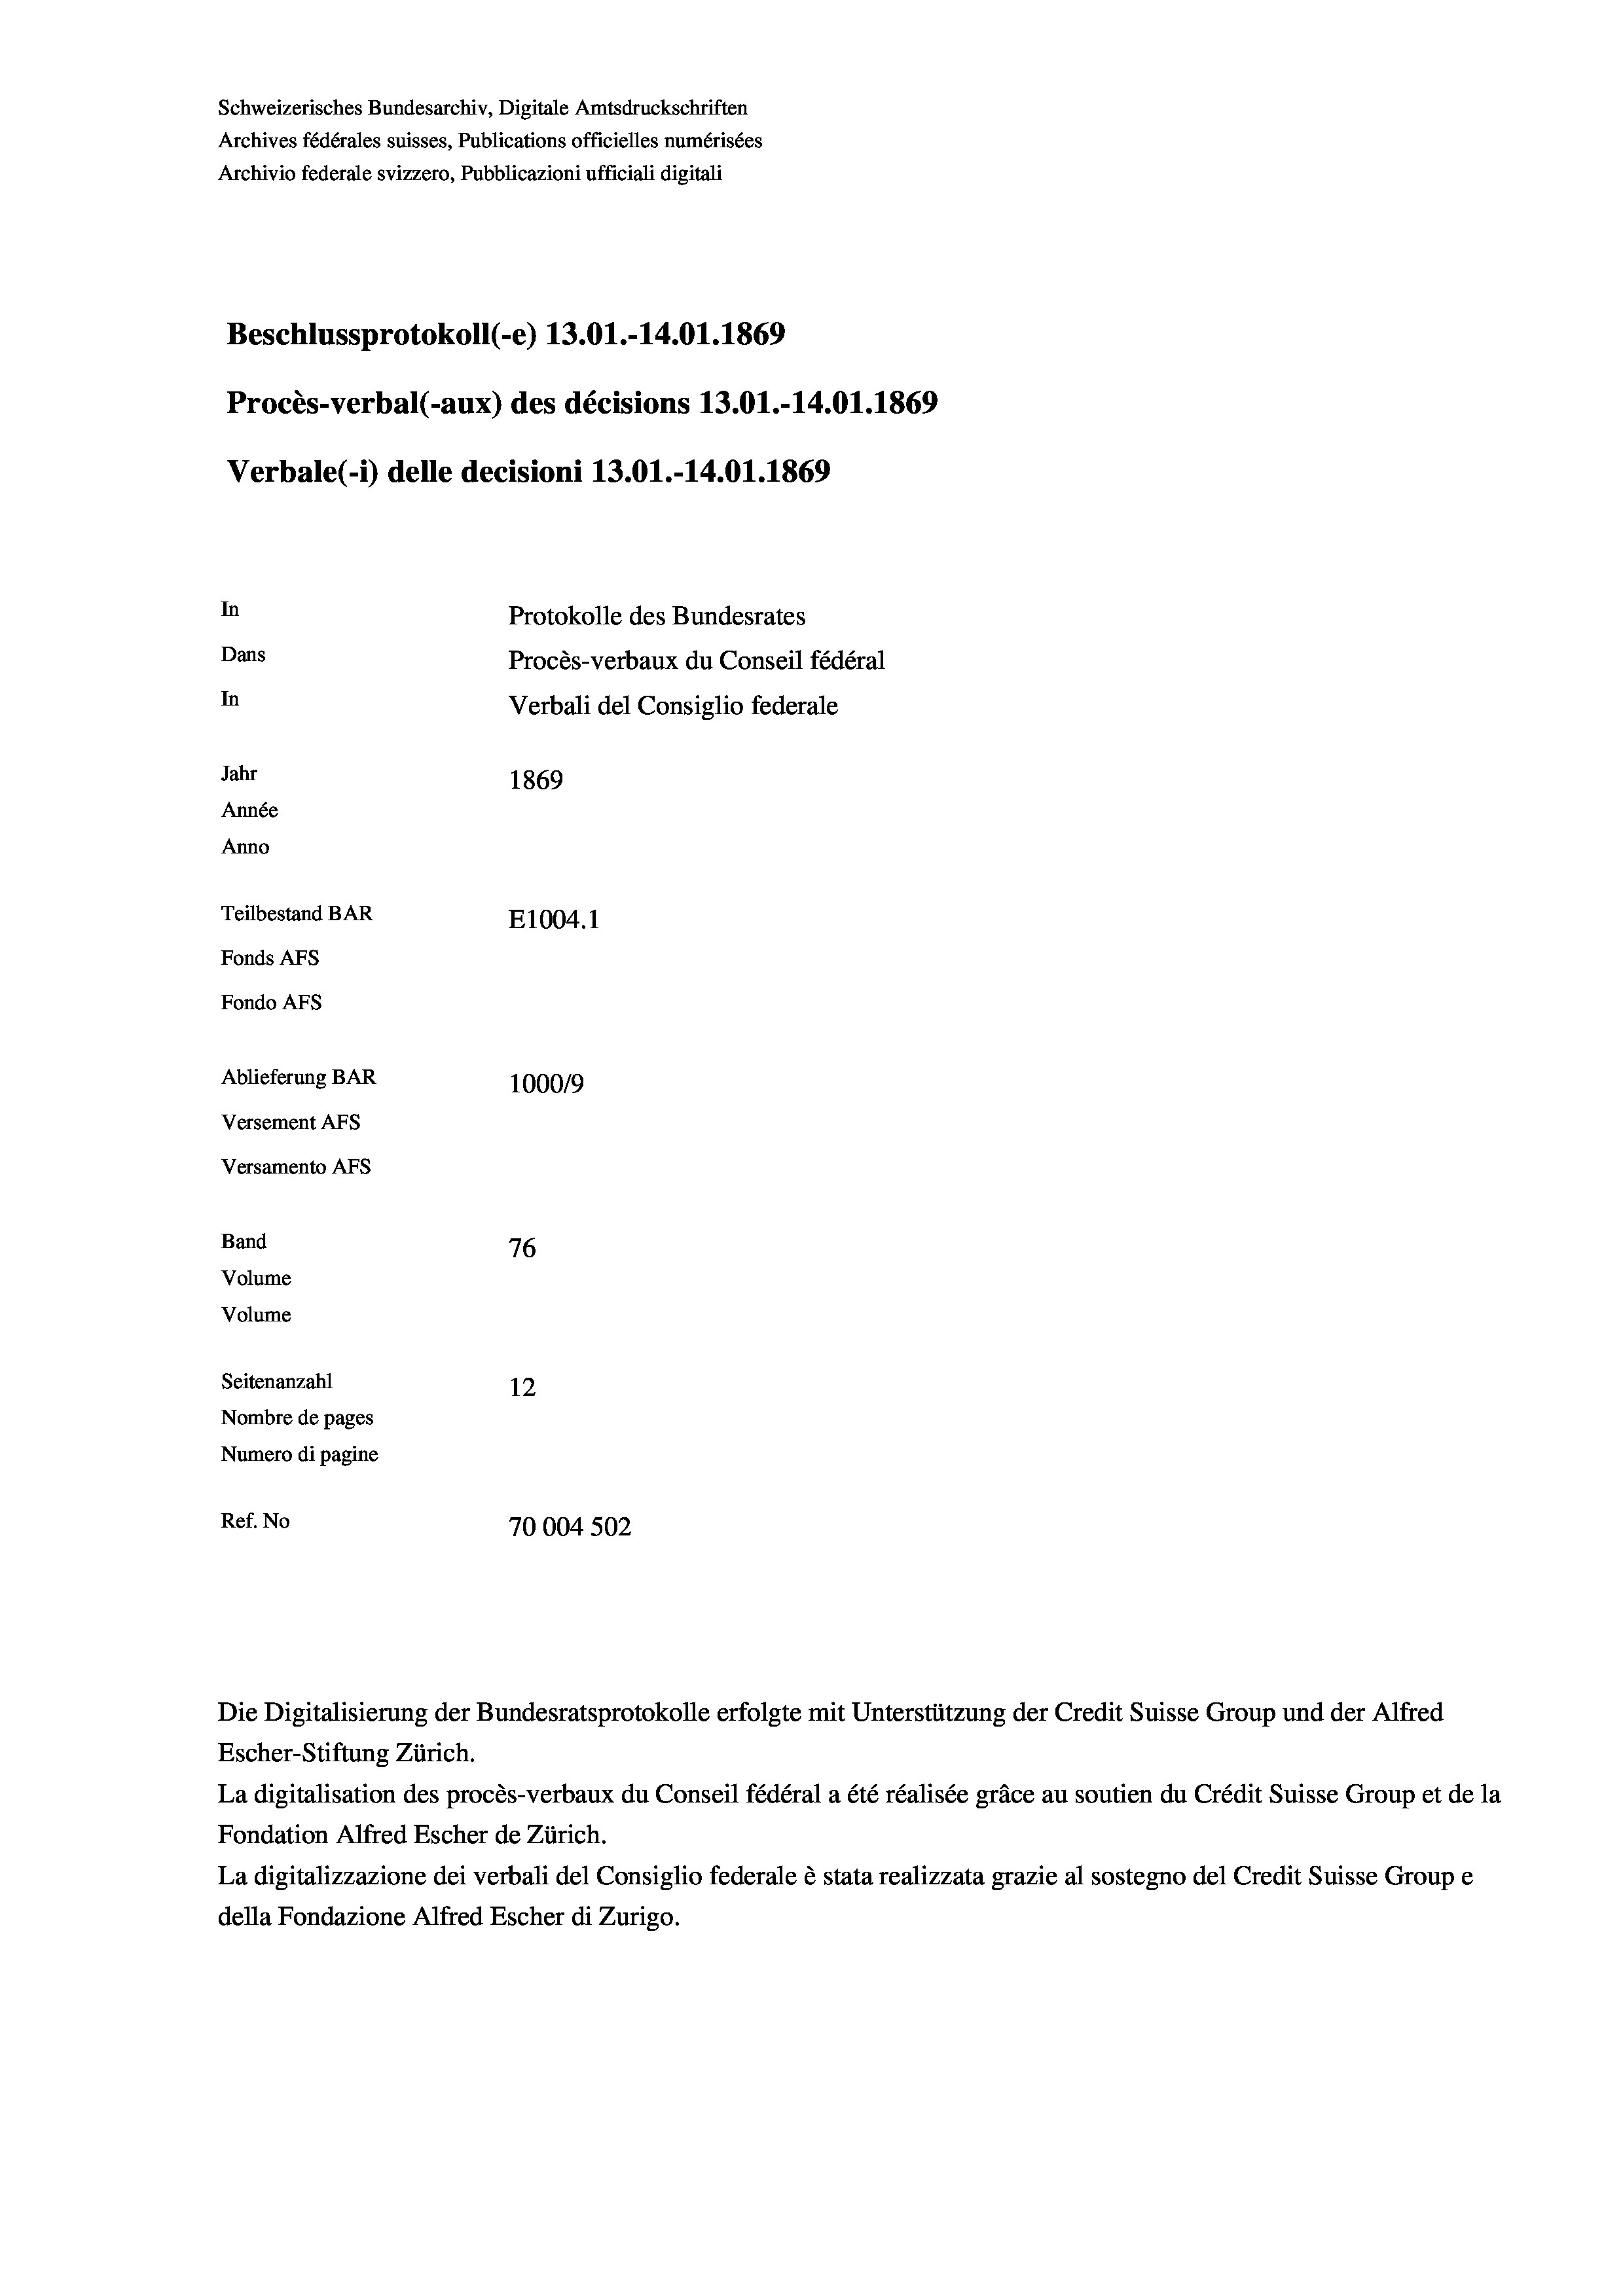
Schweizerisches Bundesarchiv, Digitale Amtsdruckschriften
Archives fédérales suisses, Publications officielles numérisées
Archivio federale svizzero, Pubblicazioni ufficiali digitali
Beschlussprotokoll (-e) 13.01.-14.01. 1869
Procès-verbal (-aux) des décisions 13.01.-14.01. 1869
Verbale (i) delle decisioni 13.01.-14.01.1869
In
Protokolle des Bundesrates
Dans
Procès-verbaux du Conseil fédéral
In
Verbali del Consiglio federale
Jahr
1869
Année
Anno
Teilbestand BAR
E1004. 1
Fonds AFs
Fondo AFs
Ablieferung BAR
100019
Versement AFs
Versamento Afs
Band
76
Volume
Volume
Seitenanzahl
12
Nombre de pages
Numero di pagine
Ref. No
70004 502

Escher-Stiftung Zürich.
La digitalisation des procès-verbaux du Conseil fédéral a été réalisée gräce au soutien du Crédit Suisse Group et de la
Fondation Alfred Escher de Zürich.
La digitalizzazione dei verbali del Consiglio federale è stata realizzata grazie al sostegno del Credit Suisse Groupe
della Fondazione Alfred Escher di Zurigo.

Die Digitalisierung der Bundesratsprotokolle erfolgte mit Unterstützung der Credit Suisse Group und der Alfred